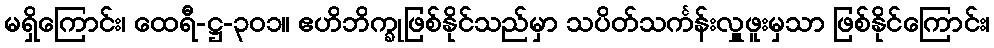
မရှိကြောင်း၊ ထေရီ-ဋ္ဌ-၃၀၁။ ဧဟိဘိက္ခုဖြစ်နိုင်သည်မှာ သပိတ်သင်္ကန်းလှူဖူးမှသာ ဖြစ်နိုင်ကြောင်း၊